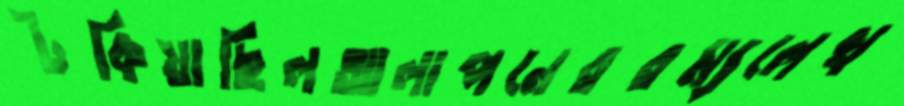
টকিয়াছিলআলাপনেররম্যলেখ